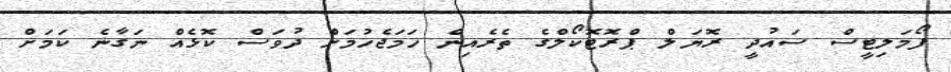
ފޯމަލިޓީސް ސައުދީ ރޮޔަލް ޕްރޮޓޮކޯލްގެ ތެރެއިން ހަމަޖެހުމަށް ދުވަސް ކޮޅެއް ނަގާނެ ކަމަށް